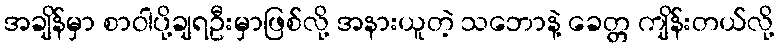
အချိန်မှာ စာဝါပို့ချရဦးမှာဖြစ်လို့ အနားယူတဲ့ သဘောနဲ့ ခေတ္တ ကျိန်းတယ်လို့